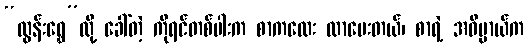
“ထွန်းရွှေ”လို့ ခေါ်တဲ့ ကိုရင်တစ်ပါးက စာကလေး လာပေးတယ်၊ စာရဲ့ အဓိပ္ပာယ်က